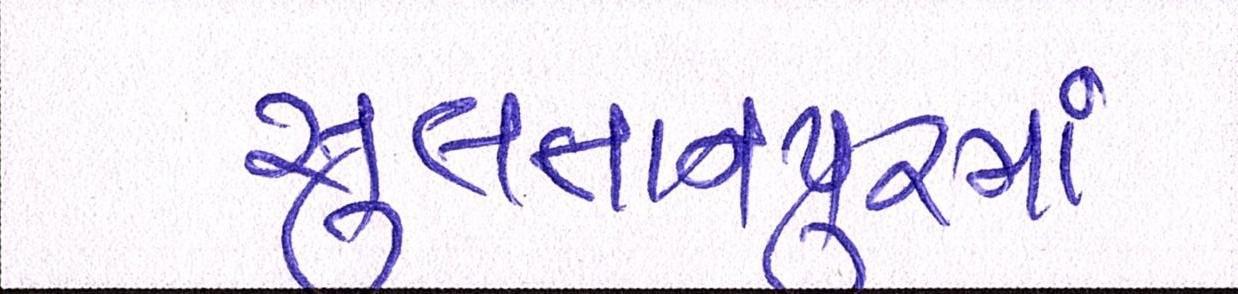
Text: સુલતાનપુરમાં